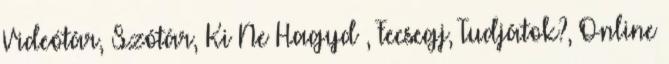
Videótár, Szótár, Ki Ne Hagyd , Fecsegj, Tudjátok?, Online